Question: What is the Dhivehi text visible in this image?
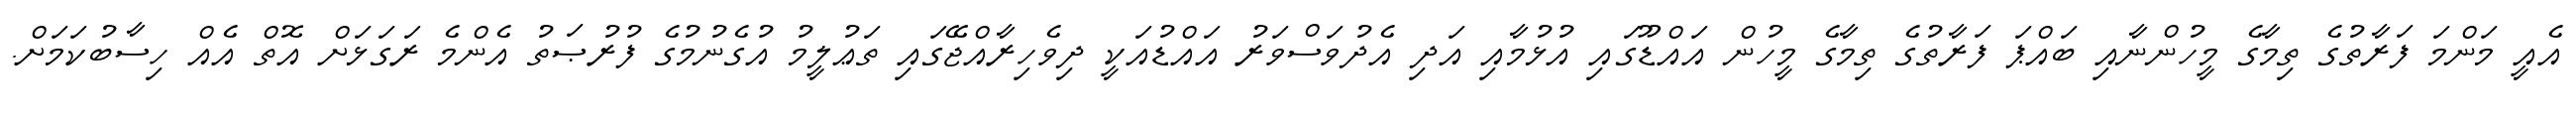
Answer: އެއީ މަންމަ ފަރާތުގެ ތިމާގެ މީހުންނާއި ބައްޕަ ފަރާތުގެ ތިމާގެ މީހުން އައްޑޫގައި އުޅުމާއި އަދި އެދުވަސްވަރު އައްޑުއަކީ ދިވެހިރާއްޖޭގައި ތަޢުލީމު އުގެނުމުގެ ފުރުޞަތު އެންމެ ރަގަޅަށް އޮތް އެއް ހިސާބުކަމަށް.